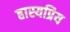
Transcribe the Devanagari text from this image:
हास्यप्रिय